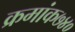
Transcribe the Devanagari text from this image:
क्रमांक७४०